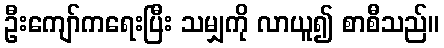
ဦးကျော်ကရေးပြီး သမျှကို လာယူ၍ စာစီသည်။